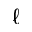
\ell